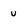
Character: u